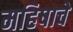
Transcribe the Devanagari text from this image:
महिषाचे